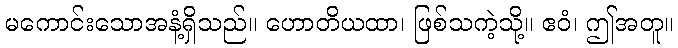
မကောင်းသောအနံ့ရှိသည်။ ဟောတိယထာ၊ ဖြစ်သကဲ့သို့။ ဧဝံ၊ ဤအတူ။